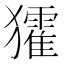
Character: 㺢